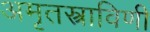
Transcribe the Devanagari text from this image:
अमृतस्त्राविणी